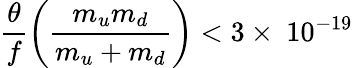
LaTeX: \frac{\theta}{f}\left(\frac{m_{u}m_{d}}{m_{u}+m_{d}}\right)<3\times~10^{-19}